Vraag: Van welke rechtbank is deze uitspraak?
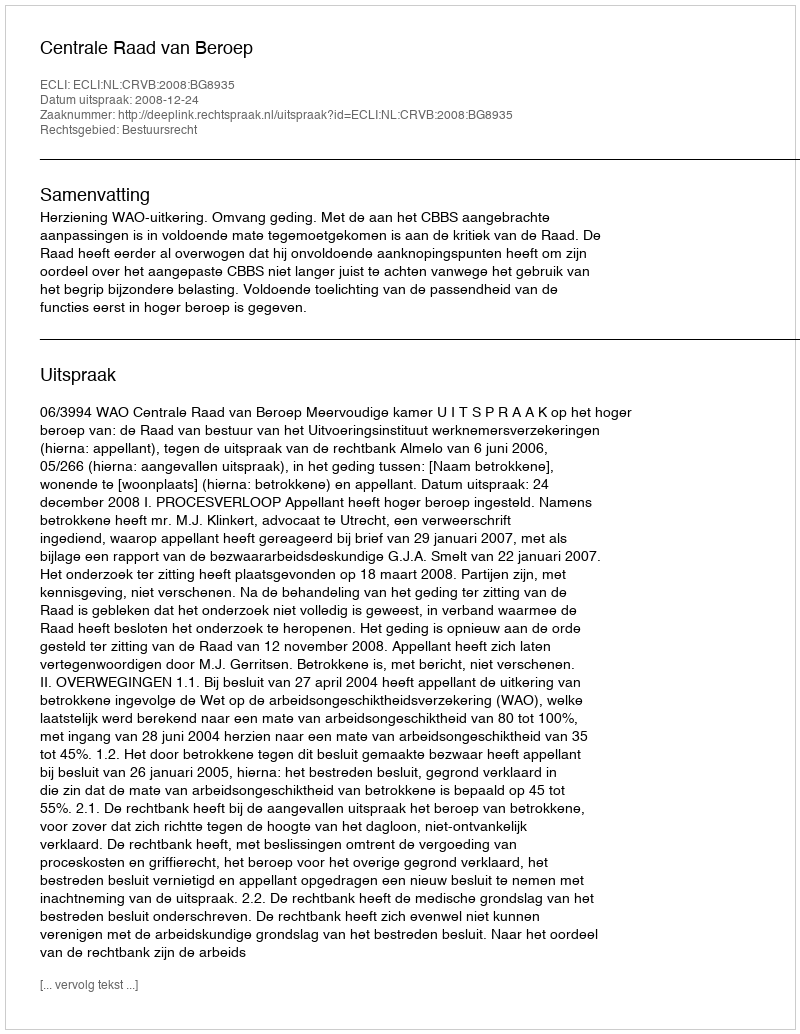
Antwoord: Centrale Raad van Beroep